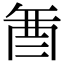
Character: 𮠚